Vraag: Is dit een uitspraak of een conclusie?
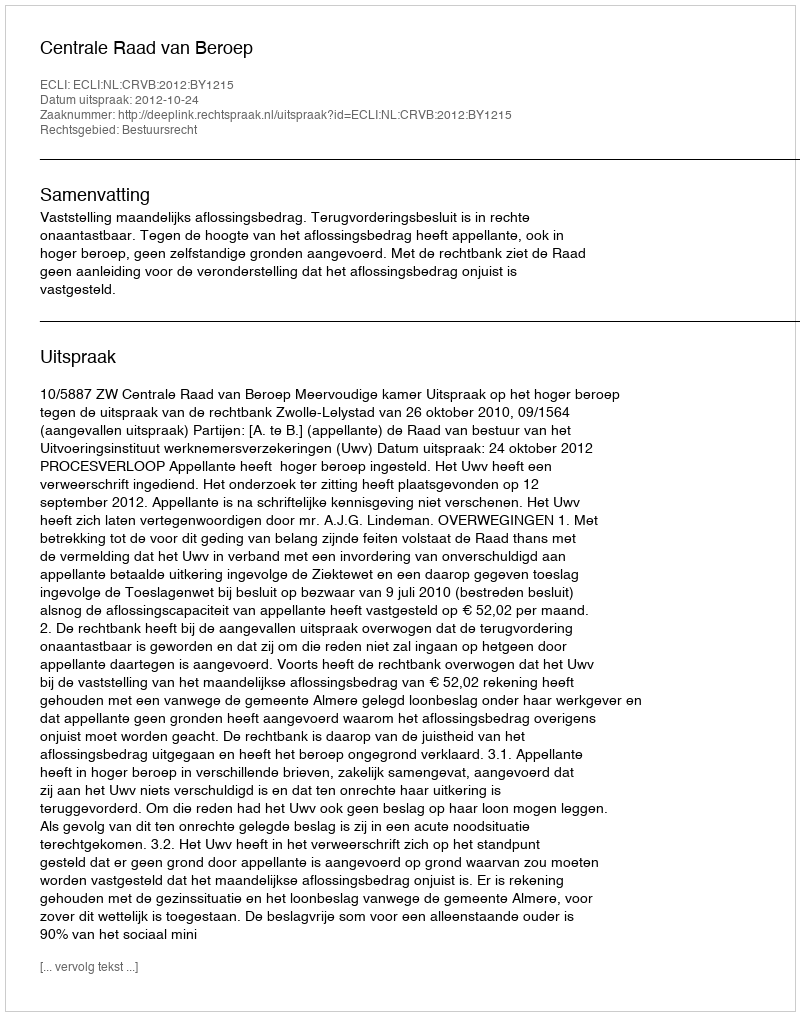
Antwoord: Uitspraak